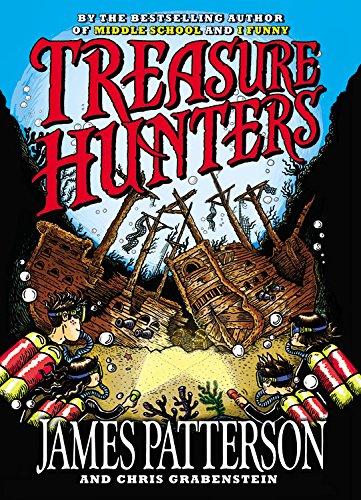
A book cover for Treasure Hunters; James Patterson; Children's Books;